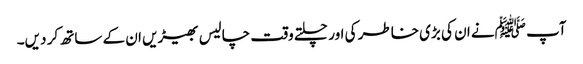
آپ ﷺنے ان کی بڑی خاطر کی اور چلتے وقت چالیس بھیڑیں ان کے ساتھ کر دیں۔